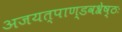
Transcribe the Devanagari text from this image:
अजयत्पाण्डवश्रेष्ठः